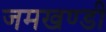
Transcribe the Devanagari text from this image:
जमखण्डी